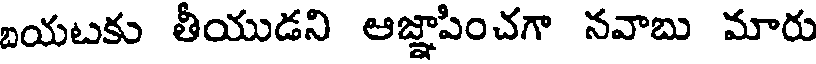
బయటకు తీయుడని ఆజ్ఞాపించగా నవాబు మారు